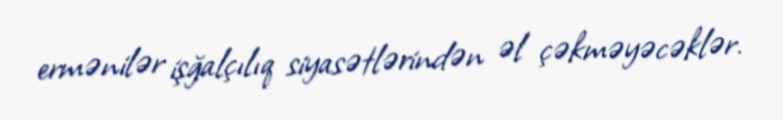
ermənilər işğalçılıq siyasətlərindən əl çəkməyəcəklər.